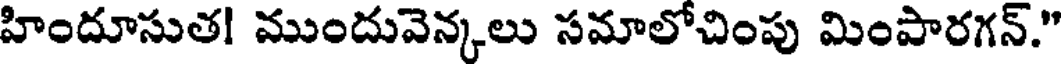
హిందూసుత! ముందువెన్కలు సమాలోచింపు మింపారగన్."